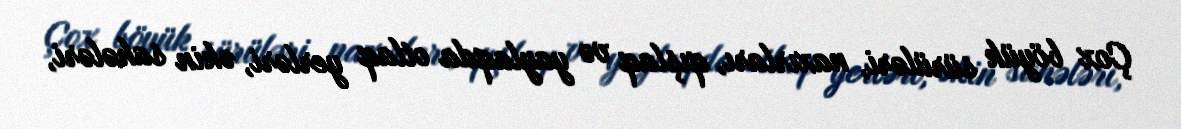
Çox böyük sürüləri, naxırları, qışlaq və yaylaqda otlaq yerləri, əkin sahələri,